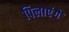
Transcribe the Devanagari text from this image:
पिलाएंगे